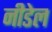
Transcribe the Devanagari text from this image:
नीडेल